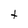
Character: t